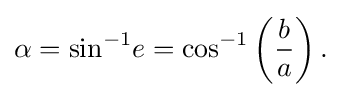
\alpha =\sin ^{-1}\!e=\cos ^{-1}\left({\frac {b}{a}}\right).\,\!